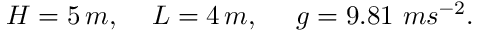
H = 5 \, m , \quad \, L = 4 \, m , \, \quad \, g = 9 . 8 1 \, \, m s ^ { - 2 } .